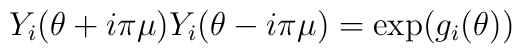
Y_{i}(\theta +i\pi \mu )Y_{i}(\theta -i\pi \mu )=\exp (g_{i}(\theta ))